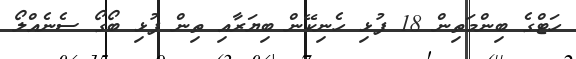
ހަޓްގެ ބިންމަތިން 18 ފުޅި ހެނިކޭން ބިޔަރާއި ތިން ފުޅި ބޯގޯ ސެނެއްލޯ